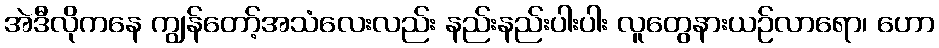
အဲဒီလိုကနေ ကျွန်တော့်အသံလေးလည်း နည်းနည်းပါးပါး လူတွေနားယဉ်လာရော၊ ဟော